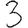
Digit: 3